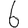
Digit: 6